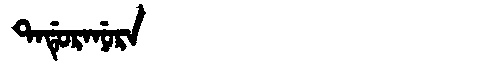
Manchu: ᡨᠠᡩᡠᡵᠠᠨᡠᡵᠠ
Romanization: TADURANURA